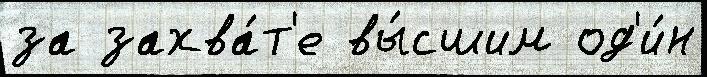
за захва́т'е вы́сшим од'и́н